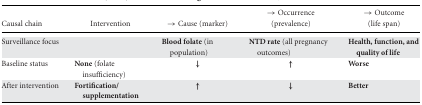
| Causal chain | Intervention | → Cause (marker) | → Occurrence (prevalence) | → Outcome (life span) |
 | --- | --- | --- | --- | --- |
 | Surveillance focus |  | Blood folate (in population) | NTD rate (all pregnancy outcomes) | Health, function, and quality of life |
 | Baseline status | None (folate insufficiency) | ↓ | ↑ | Worse |
 | After intervention | Fortification/supplementation | ↑ | ↓ | Better |